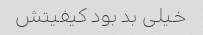
خیلی بد بود کیفیتش